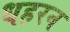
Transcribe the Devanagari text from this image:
धहरन